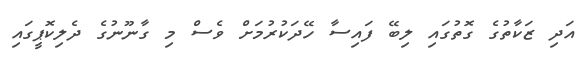
އަދި ޒަކާތުގެ ގޮތުގައި ލިބޭ ފައިސާ ހޭދަކުރުމަށް ވެސް މި ގާނޫނުގެ ދެލިކޮޕީގައި